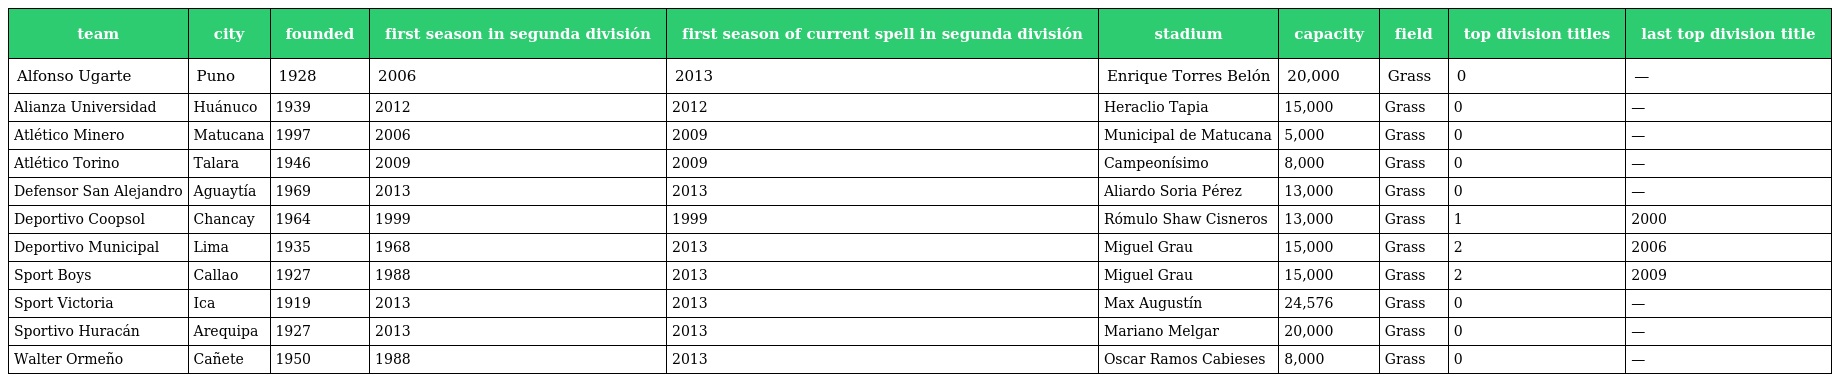
| team | city | founded | first season in segunda división | first season of current spell in segunda división | stadium | capacity | field | top division titles | last top division title |
 | --- | --- | --- | --- | --- | --- | --- | --- | --- | --- |
 | Alfonso Ugarte | Puno | 1928 | 2006 | 2013 | Enrique Torres Belón | 20,000 | Grass | 0 | — |
 | Alianza Universidad | Huánuco | 1939 | 2012 | 2012 | Heraclio Tapia | 15,000 | Grass | 0 | — |
 | Atlético Minero | Matucana | 1997 | 2006 | 2009 | Municipal de Matucana | 5,000 | Grass | 0 | — |
 | Atlético Torino | Talara | 1946 | 2009 | 2009 | Campeonísimo | 8,000 | Grass | 0 | — |
 | Defensor San Alejandro | Aguaytía | 1969 | 2013 | 2013 | Aliardo Soria Pérez | 13,000 | Grass | 0 | — |
 | Deportivo Coopsol | Chancay | 1964 | 1999 | 1999 | Rómulo Shaw Cisneros | 13,000 | Grass | 1 | 2000 |
 | Deportivo Municipal | Lima | 1935 | 1968 | 2013 | Miguel Grau | 15,000 | Grass | 2 | 2006 |
 | Sport Boys | Callao | 1927 | 1988 | 2013 | Miguel Grau | 15,000 | Grass | 2 | 2009 |
 | Sport Victoria | Ica | 1919 | 2013 | 2013 | Max Augustín | 24,576 | Grass | 0 | — |
 | Sportivo Huracán | Arequipa | 1927 | 2013 | 2013 | Mariano Melgar | 20,000 | Grass | 0 | — |
 | Walter Ormeño | Cañete | 1950 | 1988 | 2013 | Oscar Ramos Cabieses | 8,000 | Grass | 0 | — |